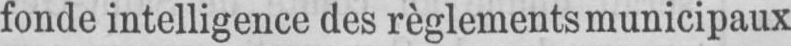
fonde intelligence des règlements municipaux